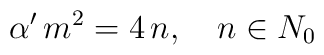
\alpha'\, m^2 = 4\,  n, \quad n\in N_{0}